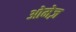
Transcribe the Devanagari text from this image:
ओमेज़